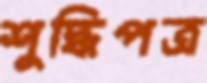
শুদ্ধিপত্র